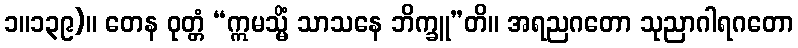
၁။၁၃၉)။ တေန ဝုတ္တံ “ဣမသ္မိံ သာသနေ ဘိက္ခူ”တိ။ အရညဂတော သုညာဂါရဂတော